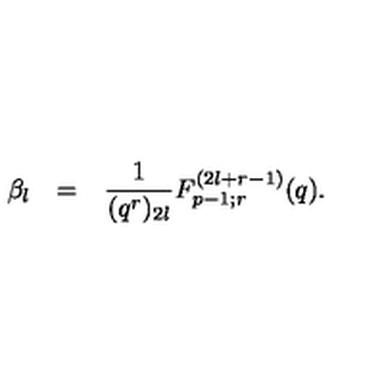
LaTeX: \begin{array} { r c l } { \beta _ { l } } & { = } & { \displaystyle \frac { 1 } { ( q ^ { r } ) _ { 2 l } } F _ { p - 1 ; r } ^ { ( 2 l + r - 1 ) } ( q ) . } \\ \end{array}